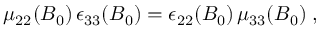
\begin{array} { r } { \mu _ { 2 2 } ( B _ { 0 } ) \, \epsilon _ { 3 3 } ( B _ { 0 } ) = \epsilon _ { 2 2 } ( B _ { 0 } ) \, \mu _ { 3 3 } ( B _ { 0 } ) \; , } \end{array}